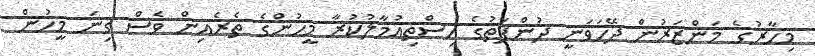
މިހާރުގެ މަންޒަރުން ދޭހަވަނީ ދުންފަތުގެ އިސްތިއުމާލުކުރާ މީހުންގެ ތެރެއިން ވެސް ގިނަ މީހުން